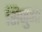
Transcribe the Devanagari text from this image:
सिजुआ